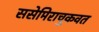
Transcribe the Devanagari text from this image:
ससेमिराचुकवत